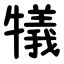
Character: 犠